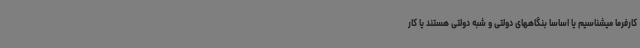
کارفرما میشناسیم یا اساسا بنگاههای دولتی و شبه دولتی هستند یا کار